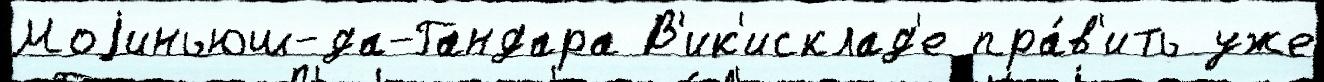
Моjиньюш-да-Гандара В'ик'исклад'е пра́в'ить уже